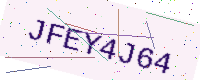
Text: JFEY4J64